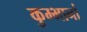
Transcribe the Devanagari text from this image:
कुम्भानां